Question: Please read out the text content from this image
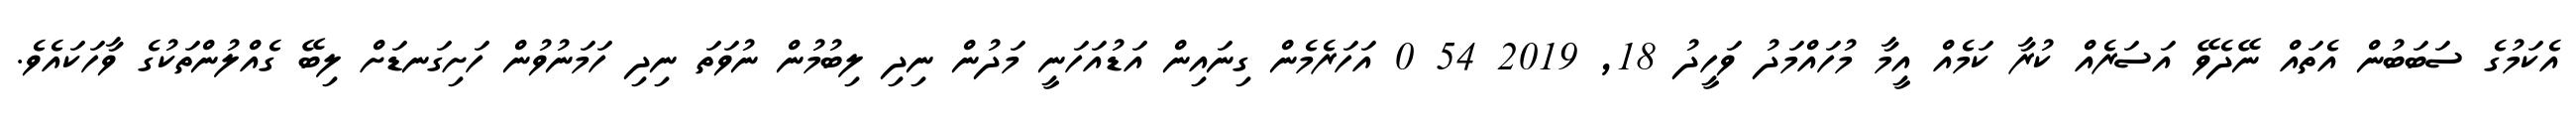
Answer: އެކަމުގެ ސަބަބުން އެތައް ނޭދެވޭ އަސަރެއް ކުރާ ކަމެއް އީމާ މުހައްމަދު ވަހީދު 18, 2019 54 0 އަހަރެމެން ގިނައިން އަޑުއަހަނީ މަދުން ނިދި ލިބުމުން ނުވަތަ ނިދި ހަމަނުވުން ހަށިގަނޑަށް ލިބޭ ގެއްލުންތަކުގެ ވާހަކައެވެ.